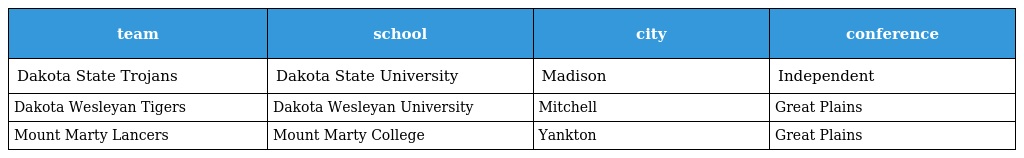
| team | school | city | conference |
 | --- | --- | --- | --- |
 | Dakota State Trojans | Dakota State University | Madison | Independent |
 | Dakota Wesleyan Tigers | Dakota Wesleyan University | Mitchell | Great Plains |
 | Mount Marty Lancers | Mount Marty College | Yankton | Great Plains |